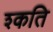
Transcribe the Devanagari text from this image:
श्कति